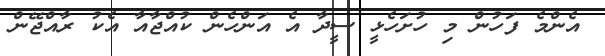
އެންމެ ފަހުން މި ހުށަހެޅީ ސީދާ އެ އަންހެން ކުއްޖާއާ އެކު ރާއްޖޭން